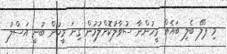
މި ޕްލޭ ބެލި ބައެއް މީހުންނާ ސުވާލުކޮށްލުމުން ގިނަ މީހުން ބުނީ އަސްލު